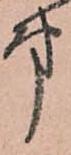
第